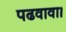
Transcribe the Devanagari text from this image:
पढवावा।